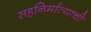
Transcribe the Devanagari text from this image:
सहनिर्मात्याची